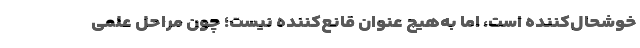
خوشحال‌کننده است، اما به‌هیچ‌ عنوان قانع‌کننده نیست؛ چون مراحل علمی